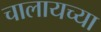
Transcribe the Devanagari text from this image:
चालायच्या